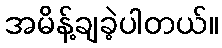
အမိန့်ချခဲ့ပါတယ်။